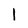
Character: 1